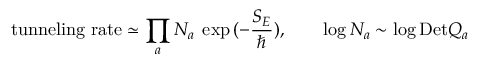
\mathrm { t u n n e l i n g ~ r a t e } \simeq \prod _ { a } { \cal N } _ { a } \; \exp { ( - \frac { S _ { E } } { \hbar } ) } , \qquad \log { \cal N } _ { a } \sim \log \mathrm { D e t } Q _ { a }